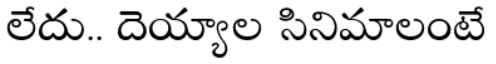
లేదు.. దెయ్యాల సినిమాలంటే